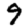
Digit: 9